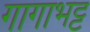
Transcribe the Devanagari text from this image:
गागाभट्ट